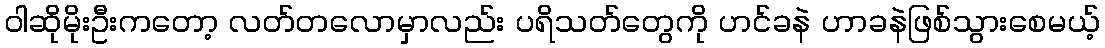
ဝါဆိုမိုးဦးကတော့ လတ်တလောမှာလည်း ပရိသတ်တွေကို ဟင်ခနဲ ဟာခနဲဖြစ်သွားစေမယ့်